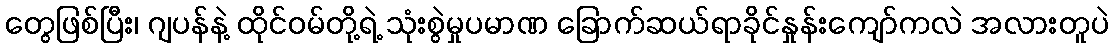
တွေဖြစ်ပြီး၊ ဂျပန်နဲ့ ထိုင်ဝမ်တို့ရဲ့ သုံးစွဲမှုပမာဏ ခြောက်ဆယ်ရာခိုင်နှုန်းကျော်ကလဲ အလားတူပဲ